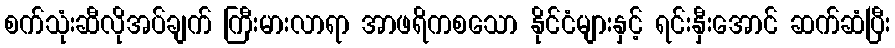
စက်သုံးဆီလိုအပ်ချက် ကြီးမားလာရာ အာဖရိကစသော နိုင်ငံများနှင့် ရင်းနှီးအောင် ဆက်ဆံပြီး